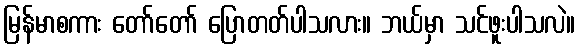
မြန်မာစကား တော်တော် ပြောတတ်ပါသလား။ ဘယ်မှာ သင်ဖူးပါသလဲ။